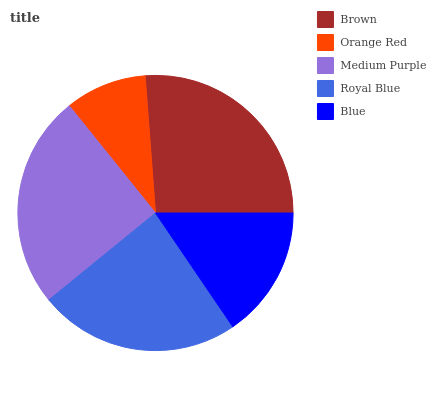
| Brown | Orange Red | Medium Purple | Royal Blue | Blue |
 | --- | --- | --- | --- | --- |
 | 26.2% | 9.59% | 25.1% | 23.5% | 15.5% |